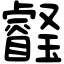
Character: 𤫀